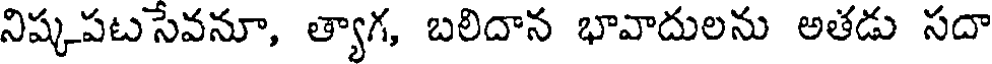
నిష్కపటసేవనూ, త్యాగ, బలిదాన భావాదులను అతడు సదా